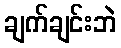
ချက်ချင်းဘဲ